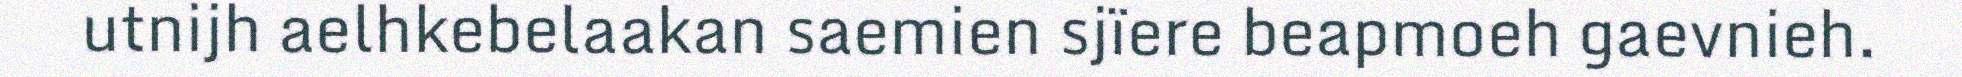
utnijh aelhkebelaakan saemien sjïere beapmoeh gaevnieh.